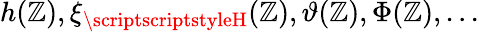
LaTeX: h(\mathbb{Z}),\xi_{{\scriptscriptstyleH}}(\mathbb{Z}),\vartheta(\mathbb{Z}),\Phi(\mathbb{Z}),...